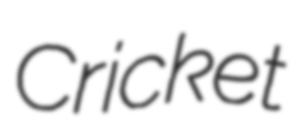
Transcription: Cricket